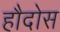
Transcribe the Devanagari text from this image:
हौदोस